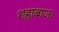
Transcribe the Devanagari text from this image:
शहाबाजः